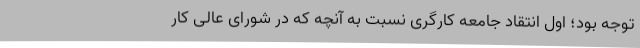
توجه بود؛ اول انتقاد جامعه کارگری نسبت به آنچه که در شورای عالی کار